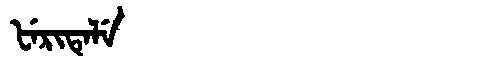
Manchu: ᡶᡝᡵᡳᡨᡝᠯᡝ
Romanization: FERITELE